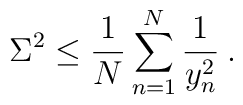
\Sigma^2\le\frac{1}{N}\sum_{n=1}^N \frac{1}{y_n^2} \:.